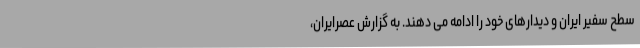
سطح سفیر ایران و دیدارهای خود را ادامه می دهند. به گزارش عصرایران،